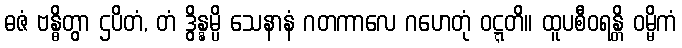
ဓဇံ ဗန္ဓိတွာ ဌပိတံ, တံ ဒွိန္နမ္ပိ သေနာနံ ဂတကာလေ ဂဟေတုံ ဝဋ္ဋတိ။ ထူပစီဝရန္တိ ဝမ္မိကံ